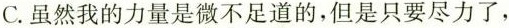
C.虽然我的力量是微不足道的，但是只要尽力了，